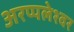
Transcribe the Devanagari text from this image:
अरप्पलेश्वर